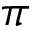
\pi